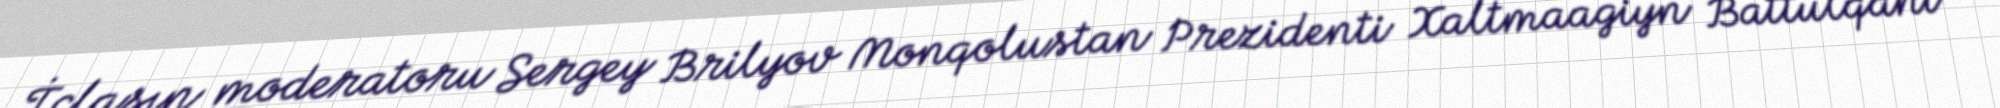
İclasın moderatoru Sergey Brilyov Monqolustan Prezidenti Xaltmaagiyn Battulqanı